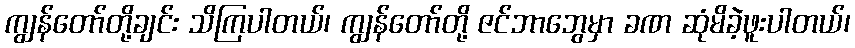
ကျွန်တော်တို့ချင်း သိကြပါတယ်၊ ကျွန်တော်တို့ ဇင်ဘာဘွေမှာ ခဏ ဆုံမိခဲ့ဖူးပါတယ်၊